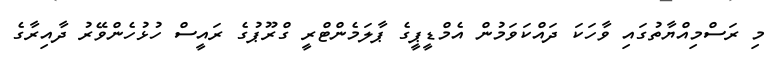
މި ރަސްމިއްޔާތުގައި ވާހަކަ ދައްކަވަމުން އެމްޑީޕީގެ ޕާލަމެންޓްރީ ގްރޫޕުގެ ރައީސް ހުޅުހެންވޭރު ދާއިރާގެ